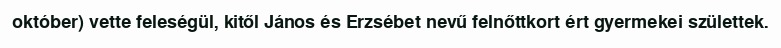
október) vette feleségül, kitől János és Erzsébet nevű felnőttkort ért gyermekei születtek.